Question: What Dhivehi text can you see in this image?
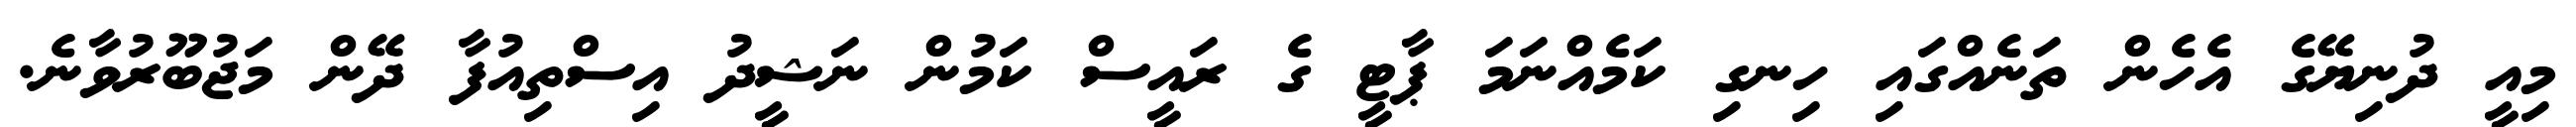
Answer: މިއީ ދުނިޔޭގެ އެހެން ތަނެއްގައި ހިނގި ކަމެއްނަމަ ޕާޓީ ގެ ރައީސް ކަމުން ނަޝީދު އިސްތިއުފާ ދޭން މަޖުބޫރުވާނެ.